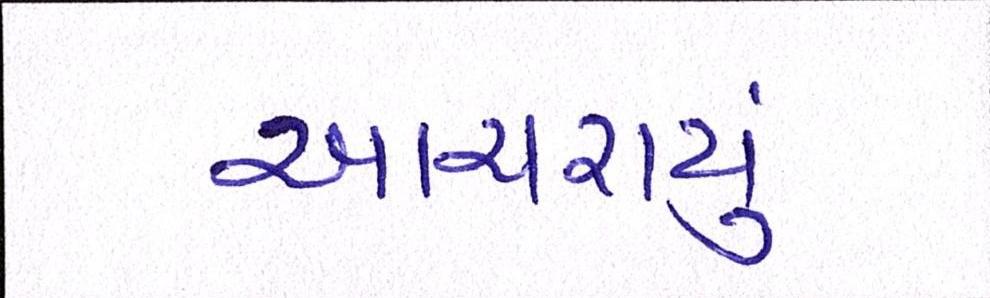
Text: આચરાયું